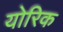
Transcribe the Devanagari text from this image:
योरिक